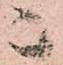
上